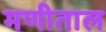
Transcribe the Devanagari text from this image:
मणीताल